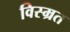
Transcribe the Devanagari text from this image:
विस्म्रत